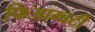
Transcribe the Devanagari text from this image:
फिआम्बर्टी